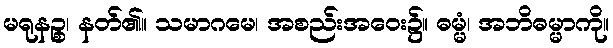
မရုနဉ္စ၊ နတ်၏။ သမာဂမေ၊ အစည်းအဝေး၌။ ဓမ္မံ၊ အဘိဓမ္မာကို။